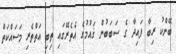
ބޭންކު ރިބާ ފައިދާ ގެ ސަބަބުން ޤައުމުގެ އެތެރޭގައި ތިބި އަތްތެރި މަސައްކަތް